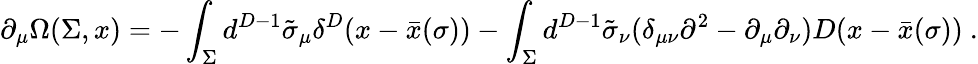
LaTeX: \partial_{\mu}\Omega(\Sigma,x)=-\int_{\Sigma}d^{D-1}\tilde{\sigma}_{\mu}\delta^{D}(x-\bar{x}(\sigma))-\int_{\Sigma}d^{D-1}\tilde{\sigma}_{\nu}(\delta_{\mu\nu}\partial^{2}-\partial_{\mu}\partial_{\nu})D(x-\bar{x}(\sigma))\ .